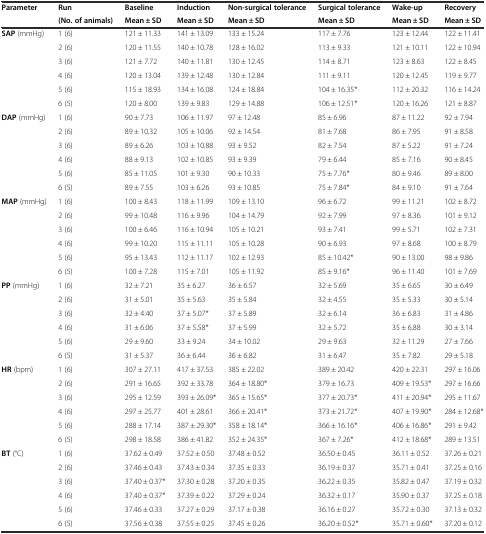
<table><thead><tr><td><b>Parameter</b></td><td><b>Run</b></td><td><b>Baseline</b></td><td><b>Induction</b></td><td><b>Non-surgical tolerance</b></td><td><b>Surgical tolerance</b></td><td><b>Wake-up</b></td><td><b>Recovery</b></td></tr><tr><td></td><td><b>(No. of animals)</b></td><td><b>Mean ± SD</b></td><td><b>Mean ± SD</b></td><td><b>Mean ± SD</b></td><td><b>Mean ± SD</b></td><td><b>Mean ± SD</b></td><td><b>Mean ± SD</b></td></tr></thead><tbody><tr><td rowspan="6"><b>SAP</b> (mmHg)</td><td>1 (6)</td><td>121 ± 11.33</td><td>141 ± 13.09</td><td>133 ± 15.24</td><td>117 ± 7.76</td><td>123 ± 12.44</td><td>122 ± 11.41</td></tr><tr><td>2 (6)</td><td>120 ± 11.55</td><td>140 ± 10.78</td><td>128 ± 16.02</td><td>113 ± 9.33</td><td>121 ± 10.11</td><td>122 ± 10.94</td></tr><tr><td>3 (6)</td><td>121 ± 7.72</td><td>140 ± 11.81</td><td>130 ± 12.45</td><td>114 ± 8.71</td><td>123 ± 8.63</td><td>122 ± 8.45</td></tr><tr><td>4 (6)</td><td>120 ± 13.04</td><td>139 ± 12.48</td><td>130 ± 12.84</td><td>111 ± 9.11</td><td>120 ± 12.45</td><td>119 ± 9.77</td></tr><tr><td>5 (6)</td><td>115 ± 18.93</td><td>134 ± 16.08</td><td>124 ± 18.84</td><td>104 ± 16.35*</td><td>112 ± 20.32</td><td>116 ± 14.24</td></tr><tr><td>6 (5)</td><td>120 ± 8.00</td><td>139 ± 9.83</td><td>129 ± 14.88</td><td>106 ± 12.51*</td><td>120 ± 16.26</td><td>121 ± 8.87</td></tr><tr><td rowspan="6"><b>DAP</b> (mmHg)</td><td>1 (6)</td><td>90 ± 7.73</td><td>106 ± 11.97</td><td>97 ± 12.48</td><td>85 ± 6.96</td><td>87 ± 11.22</td><td>92 ± 7.94</td></tr><tr><td>2 (6)</td><td>89 ± 10.32</td><td>105 ± 10.06</td><td>92 ± 14.54</td><td>81 ± 7.68</td><td>86 ± 7.95</td><td>91 ± 8.58</td></tr><tr><td>3 (6)</td><td>89 ± 6.26</td><td>103 ± 10.88</td><td>93 ± 9.52</td><td>82 ± 7.54</td><td>87 ± 5.22</td><td>91 ± 7.24</td></tr><tr><td>4 (6)</td><td>88 ± 9.13</td><td>102 ± 10.85</td><td>93 ± 9.39</td><td>79 ± 6.44</td><td>85 ± 7.16</td><td>90 ± 8.45</td></tr><tr><td>5 (6)</td><td>85 ± 11.05</td><td>101 ± 9.30</td><td>90 ± 10.33</td><td>75 ± 7.76*</td><td>80 ± 9.46</td><td>89 ± 8.00</td></tr><tr><td>6 (5)</td><td>89 ± 7.55</td><td>103 ± 6.26</td><td>93 ± 10.85</td><td>75 ± 7.84*</td><td>84 ± 9.10</td><td>91 ± 7.64</td></tr><tr><td rowspan="6"><b>MAP</b> (mmHg)</td><td>1 (6)</td><td>100 ± 8.43</td><td>118 ± 11.99</td><td>109 ± 13.10</td><td>96 ± 6.72</td><td>99 ± 11.21</td><td>102 ± 8.72</td></tr><tr><td>2 (6)</td><td>99 ± 10.48</td><td>116 ± 9.96</td><td>104 ± 14.79</td><td>92 ± 7.99</td><td>97 ± 8.36</td><td>101 ± 9.12</td></tr><tr><td>3 (6)</td><td>100 ± 6.46</td><td>116 ± 10.94</td><td>105 ± 10.21</td><td>93 ± 7.41</td><td>99 ± 5.71</td><td>102 ± 7.31</td></tr><tr><td>4 (6)</td><td>99 ± 10.20</td><td>115 ± 11.11</td><td>105 ± 10.28</td><td>90 ± 6.93</td><td>97 ± 8.68</td><td>100 ± 8.79</td></tr><tr><td>5 (6)</td><td>95 ± 13.43</td><td>112 ± 11.17</td><td>102 ± 12.93</td><td>85 ± 10.42*</td><td>90 ± 13.00</td><td>98 ± 9.86</td></tr><tr><td>6 (5)</td><td>100 ± 7.28</td><td>115 ± 7.01</td><td>105 ± 11.92</td><td>85 ± 9.16*</td><td>96 ± 11.40</td><td>101 ± 7.69</td></tr><tr><td rowspan="6"><b>PP</b> (mmHg)</td><td>1 (6)</td><td>32 ± 7.21</td><td>35 ± 6.27</td><td>36 ± 6.57</td><td>32 ± 5.69</td><td>35 ± 6.65</td><td>30 ± 6.49</td></tr><tr><td>2 (6)</td><td>31 ± 5.01</td><td>35 ± 5.63</td><td>35 ± 5.84</td><td>32 ± 4.55</td><td>35 ± 5.33</td><td>30 ± 5.14</td></tr><tr><td>3 (6)</td><td>32 ± 4.40</td><td>37 ± 5.07*</td><td>37 ± 5.89</td><td>32 ± 6.14</td><td>36 ± 6.83</td><td>31 ± 4.86</td></tr><tr><td>4 (6)</td><td>31 ± 6.06</td><td>37 ± 5.58*</td><td>37 ± 5.99</td><td>32 ± 5.72</td><td>35 ± 6.88</td><td>30 ± 3.14</td></tr><tr><td>5 (6)</td><td>29 ± 9.60</td><td>33 ± 9.24</td><td>34 ± 10.02</td><td>29 ± 9.63</td><td>32 ± 11.29</td><td>27 ± 7.66</td></tr><tr><td>6 (5)</td><td>31 ± 5.37</td><td>36 ± 6.44</td><td>36 ± 6.82</td><td>31 ± 6.47</td><td>35 ± 7.82</td><td>29 ± 5.18</td></tr><tr><td rowspan="6"><b>HR</b> (bpm)</td><td>1 (6)</td><td>307 ± 27.11</td><td>417 ± 37.53</td><td>385 ± 22.02</td><td>389 ± 20.42</td><td>420 ± 22.31</td><td>297 ± 16.06</td></tr><tr><td>2 (6)</td><td>291 ± 16.65</td><td>392 ± 33.78</td><td>364 ± 18.80*</td><td>379 ± 16.73</td><td>409 ± 19.53*</td><td>297 ± 16.66</td></tr><tr><td>3 (6)</td><td>295 ± 12.59</td><td>393 ± 26.09*</td><td>365 ± 15.65*</td><td>377 ± 20.73*</td><td>411 ± 20.94*</td><td>295 ± 11.67</td></tr><tr><td>4 (6)</td><td>297 ± 25.77</td><td>401 ± 28.61</td><td>366 ± 20.41*</td><td>373 ± 21.72*</td><td>407 ± 19.90*</td><td>284 ± 12.68*</td></tr><tr><td>5 (6)</td><td>288 ± 17.14</td><td>387 ± 29.30*</td><td>358 ± 18.14*</td><td>366 ± 16.16*</td><td>406 ± 16.86*</td><td>291 ± 9.42</td></tr><tr><td>6 (5)</td><td>298 ± 18.58</td><td>386 ± 41.82</td><td>352 ± 24.35*</td><td>367 ± 7.26*</td><td>412 ± 18.68*</td><td>289 ± 13.51</td></tr><tr><td><b>BT</b> (°C)</td><td>1 (6)</td><td>37.62 ± 0.49</td><td>37.52 ± 0.50</td><td>37.48 ± 0.52</td><td>36.50 ± 0.45</td><td>36.11 ± 0.52</td><td>37.26 ± 0.21</td></tr><tr><td rowspan="5"></td><td>2 (6)</td><td>37.46 ± 0.43</td><td>37.43 ± 0.34</td><td>37.35 ± 0.33</td><td>36.19 ± 0.37</td><td>35.71 ± 0.41</td><td>37.25 ± 0.16</td></tr><tr><td>3 (6)</td><td>37.40 ± 0.37*</td><td>37.30 ± 0.28</td><td>37.20 ± 0.35</td><td>36.22 ± 0.35</td><td>35.82 ± 0.47</td><td>37.19 ± 0.32</td></tr><tr><td>4 (6)</td><td>37.40 ± 0.37*</td><td>37.39 ± 0.22</td><td>37.29 ± 0.24</td><td>36.32 ± 0.17</td><td>35.90 ± 0.37</td><td>37.25 ± 0.18</td></tr><tr><td>5 (6)</td><td>37.46 ± 0.33</td><td>37.27 ± 0.29</td><td>37.17 ± 0.38</td><td>36.16 ± 0.27</td><td>35.72 ± 0.30</td><td>37.13 ± 0.32</td></tr><tr><td>6 (5)</td><td>37.56 ± 0.38</td><td>37.55 ± 0.25</td><td>37.45 ± 0.26</td><td>36.20 ± 0.52*</td><td>35.71 ± 0.60*</td><td>37.20 ± 0.12</td></tr></tbody></table>